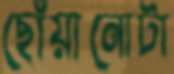
ছোঁয়ানোটা